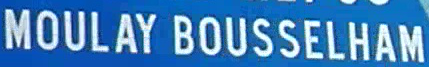
MOULAY BOUSSELHAM